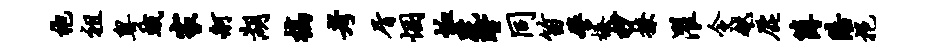
袍祖粤蛾家舸湖槁考屑悃恤跣瞠同笛譬榛杪撩濯令越鹿簿陪挹